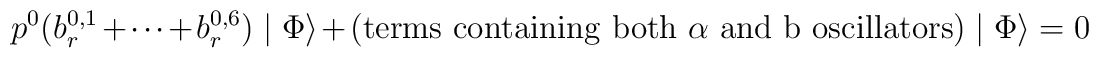
p^{0} (b_{r}^{0,1} + \cdot \cdot \cdot + b_{r}^{0,6})\mid \Phi \rangle + {\rm (terms~containing~both~\alpha~and~b~oscillators)} \mid \Phi\rangle = 0